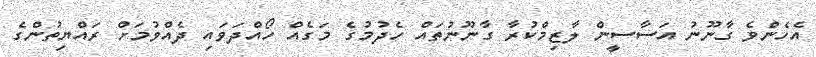
އެހެންވެ ގާނޫނު އަސާސީން ލާޒިމްކުރާ ގާނޫނުތައް ހެދުމުގެ މަގެއް ހޯއްދަވައި ދެއްވުމަށް ރައްޔިތުންގެ